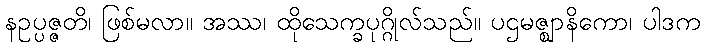
နဥပ္ပဇ္ဇတိ၊ ဖြစ်မလာ။ အဿ၊ ထိုသေက္ခပုဂ္ဂိုလ်သည်။ ပဌမဇ္ဈာနိကော၊ ပါဒက